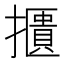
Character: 𢷴